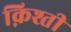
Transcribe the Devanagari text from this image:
क़िश्ती